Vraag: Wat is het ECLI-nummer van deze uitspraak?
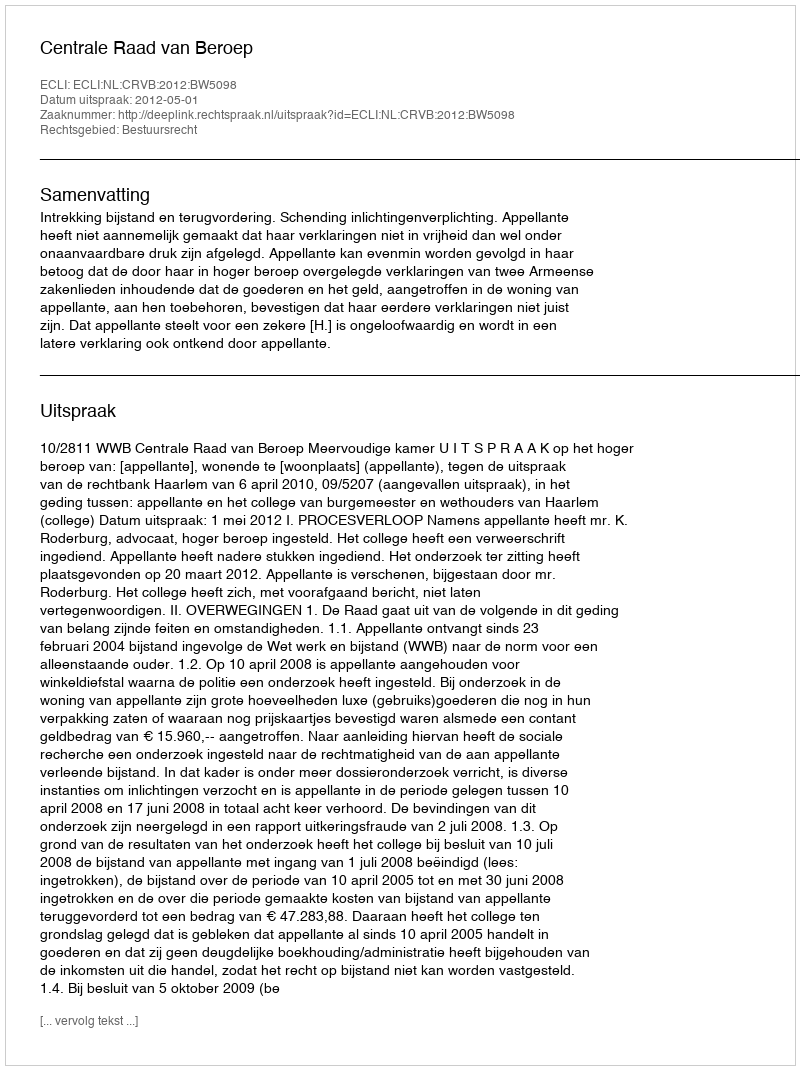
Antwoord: ECLI:NL:CRVB:2012:BW5098